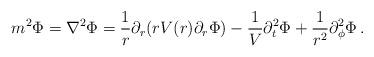
LaTeX: \begin{align*}m^2\Phi = \nabla^2\Phi = \frac 1r \partial_r (rV(r)\partial_r \Phi) - \frac 1V \partial_t^2 \Phi + \frac{1}{r^2}\partial_{\phi}^2 \Phi\,. \end{align*}